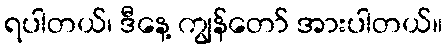
ရပါတယ်၊ ဒီနေ့ ကျွန်တော် အားပါတယ်။